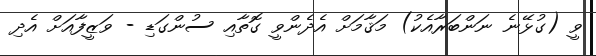
ވީ (ގުޅޭނެ ނަންބަރާއެކު) މަޤާމަށް އެދެންވީ ގޮތާއި ސުންގަޑި - ވަޒީފާއަށް އެދި